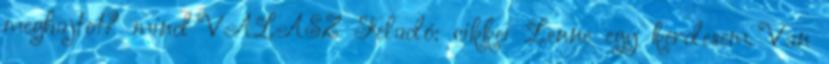
meghajtot? mind VÁLASZ Feladó: cikkei Lenne egy kerdesem. Van